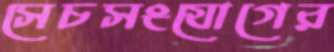
সেচসংযোগের